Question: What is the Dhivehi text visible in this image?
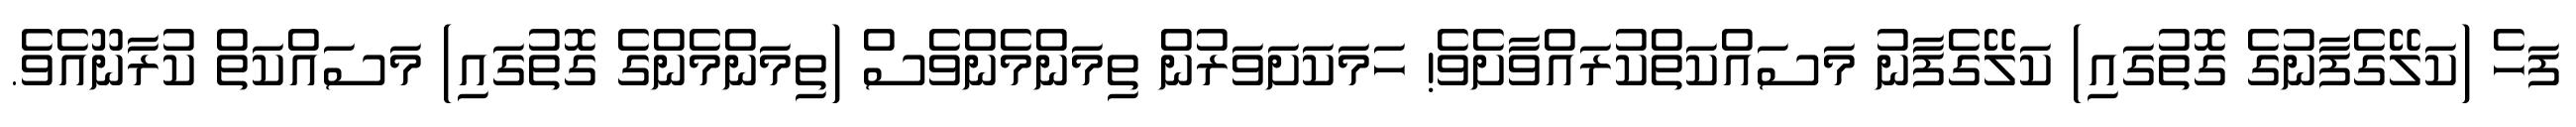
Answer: ފަހެ (ކަލޭގެފާނުގެ ގޮތުގައި) ކަލޭގެފާނު މަސައްކަތްކުރައްވާށެވެ! ހަމަކަށަވަރުން ތިމަންމެންވެސް (ތިމަންމެންގެ ގޮތުގައި) މަސައްކަތް ކުރާނޫއެވެ.